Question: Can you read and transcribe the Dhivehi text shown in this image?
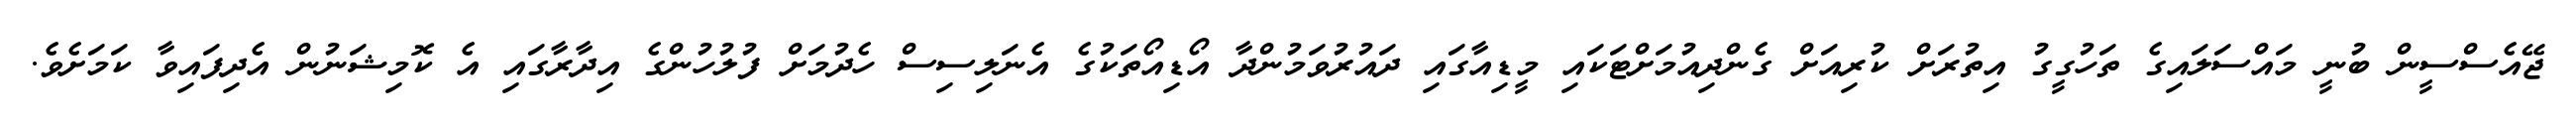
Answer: ޖޭއެސްސީން ބުނީ މައްސަލައިގެ ތަހުގީގު އިތުރަށް ކުރިއަށް ގެންދިއުމަށްޓަކައި މީޑިއާގައި ދައުރުވަމުންދާ އޯޑިއޯތަކުގެ އެނަލިސިސް ހެދުމަށް ފުލުހުންގެ އިދާރާގައި އެ ކޮމިޝަނުން އެދިފައިވާ ކަމަށެވެ.